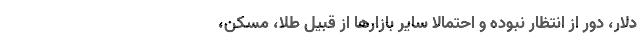
دلار، دور از انتظار نبوده و احتمالا سایر بازارها از قبیل طلا، مسکن،